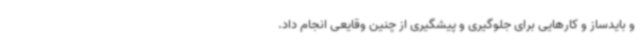
و بایدساز و کارهایی برای جلوگیری و پیشگیری از چنین وقایعی انجام داد.